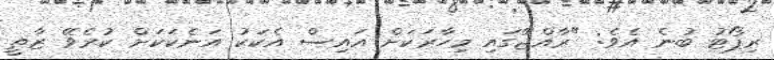
ރިޕޯޓު ބުނެ އެވެ: "ރާއްޖޭގައި މިހާރަކަށް އައިސް އެކަކު އަނެކަކަށް ކުރެވޭ ޒާތީ